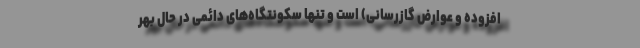
افزوده و عوارض گازرسانی) است و تنها سکونتگاه‌های دائمی در حال بهر